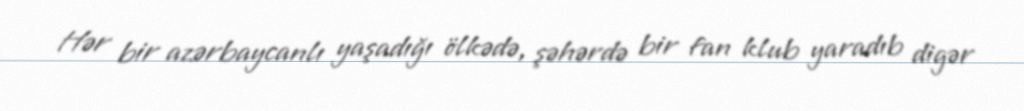
Hər bir azərbaycanlı yaşadığı ölkədə, şəhərdə bir fan klub yaradıb digər